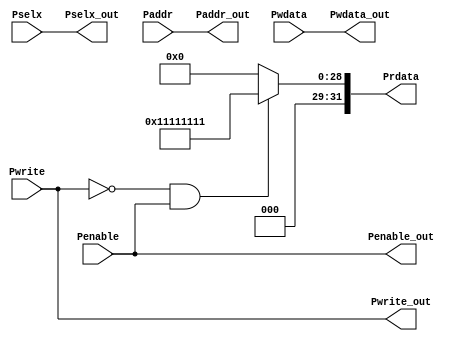
module APB_Interface(Penable, Pwrite, Pselx, Paddr, Pwdata, Penable_out, Pwrite_out, Pselx_out, Paddr_out, Pwdata_out,Prdata);

input Penable, Pwrite;
input [2:0] Pselx;
input [31:0] Paddr, Pwdata;
output Penable_out, Pwrite_out;
output [2:0] Pselx_out;
output [31:0] Paddr_out, Pwdata_out; 
output reg [31:0] Prdata;
assign Penable_out = Penable;
assign Pwrite_out = Pwrite;
assign Pselx_out = Pselx;
assign Paddr_out = Paddr;
assign Pwdata_out = Pwdata;

always @(*)
begin
	if(Pwrite == 0 && Penable == 1)
		Prdata = 32'h1111_1111;
	else
		Prdata = 0;
end

endmodule